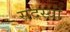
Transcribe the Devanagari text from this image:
सदस्यॊं